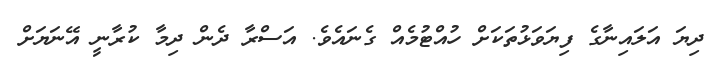
ދިޔަ އަލައިނާގެ ފިޔަވަޅުތަކަށް ހުއްޓުމެއް ގެނައެވެ. އަސްރާ ދެން ދިމާ ކުރާނީ އޭނަޔަށް